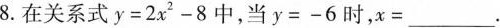
8.在关系式$$y=2x^{2}-8$$中，当$$y=-6$$时，$$x=___$$.